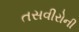
તસવીરોની